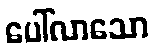
ပေါ်လာသော